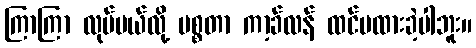
ကြာကြာ လုပ်မယ်လို့ မစ္စတာ ကာ့ခ်လန် ထင်မထားခဲ့ပါဘူး။